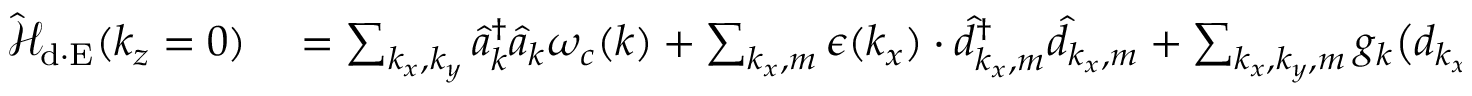
\begin{array} { r l } { \mathcal { \hat { H } } _ { \mathrm { d \cdot E } } ( k _ { z } = 0 ) } & { { } = \sum _ { { k _ { x } , k _ { y } } } \hat { a } _ { \boldsymbol k } ^ { \dagger } \hat { a } _ { \boldsymbol k } \omega _ { c } ( { \boldsymbol k } ) + \sum _ { k _ { x } , m } \epsilon ( k _ { x } ) \cdot \hat { d } _ { k _ { x } , m } ^ { \dagger } \hat { d } _ { k _ { x } , m } + \sum _ { { k _ { x } , k _ { y } } , m } g _ { \boldsymbol k } \big ( d _ { k _ { x } , m } \hat { a } _ { { \boldsymbol k } } ^ { \dagger } + d _ { k _ { x } , m } ^ { \dagger } \hat { a } _ { { \boldsymbol k } } + d _ { - k _ { x } , m } ^ { \dagger } \hat { a } _ { { \boldsymbol k } } ^ { \dagger } + d _ { - k _ { x } , m } \hat { a } _ { { \boldsymbol k } } \big ) \sin ( { k _ { y } } Y _ { m } ) } \end{array}